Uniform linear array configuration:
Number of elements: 48
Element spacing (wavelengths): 0.25
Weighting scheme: cosine
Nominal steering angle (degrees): -15
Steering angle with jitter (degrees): -16.806
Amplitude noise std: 0.05
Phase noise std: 0.05

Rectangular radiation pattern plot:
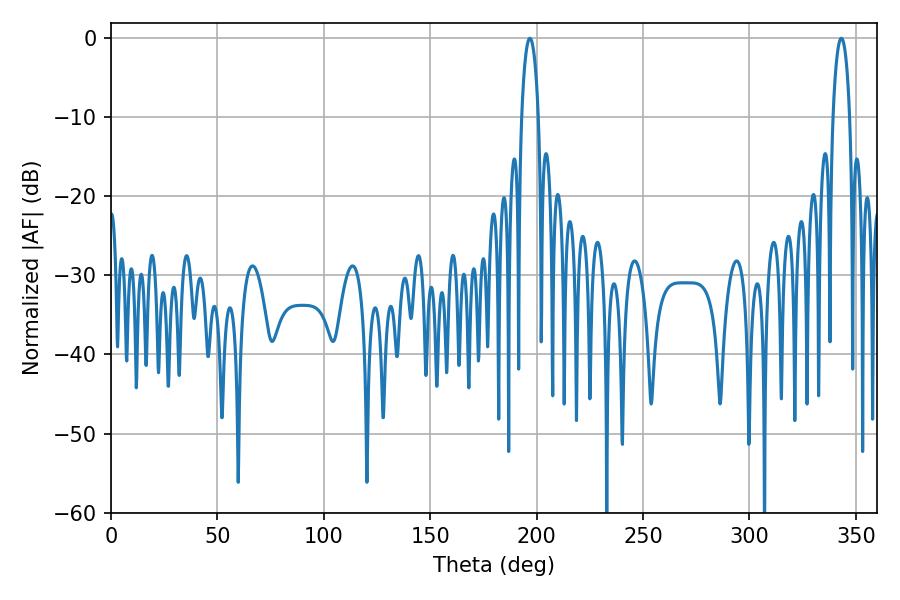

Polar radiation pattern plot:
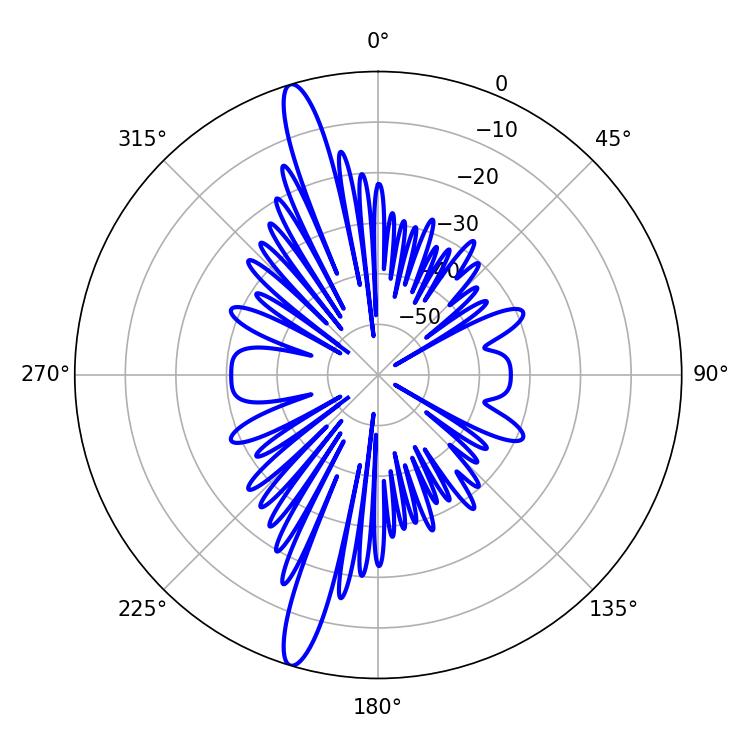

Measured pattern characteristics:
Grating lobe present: FALSE
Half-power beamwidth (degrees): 4.5
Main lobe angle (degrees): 196.74